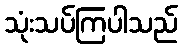
သုံးသပ်ကြပါသည်